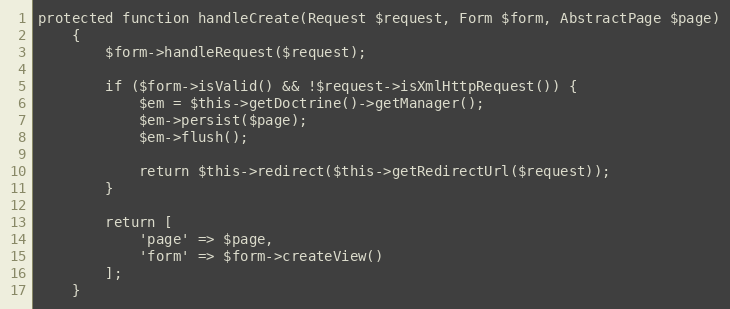
Language: PHP
protected function handleCreate(Request $request, Form $form, AbstractPage $page)
    {
        $form->handleRequest($request);

        if ($form->isValid() && !$request->isXmlHttpRequest()) {
            $em = $this->getDoctrine()->getManager();
            $em->persist($page);
            $em->flush();

            return $this->redirect($this->getRedirectUrl($request));
        }

        return [
            'page' => $page,
            'form' => $form->createView()
        ];
    }